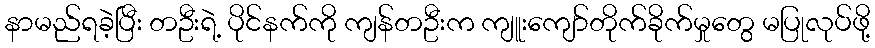
နာမည်ရခဲ့ပြီး တဦးရဲ့ ပိုင်နက်ကို ကျန်တဦးက ကျူးကျော်တိုက်ခိုက်မှုတွေ မပြုလုပ်ဖို့